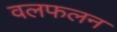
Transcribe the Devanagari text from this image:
वलफलन